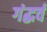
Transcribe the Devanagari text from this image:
गंद्धर्व